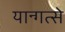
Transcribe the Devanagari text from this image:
यान्गत्से